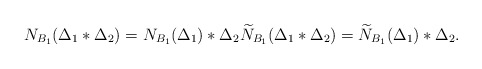
\begin{align*}N_{B_1}(\Delta_1*\Delta_2)=N_{B_1}(\Delta_1)*\Delta_2 \widetilde{N}_{B_1}(\Delta_1*\Delta_2)=\widetilde{N}_{B_1}(\Delta_1)*\Delta_2.\end{align*}